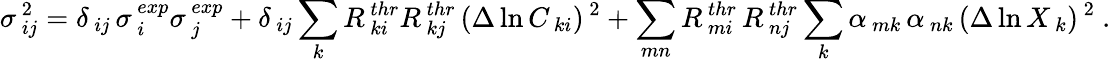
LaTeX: \sigma_{\, ij}^{\, 2}=\delta_{\, ij}\, \sigma_{\, i}^{\, exp}\sigma_{\, j}^{\, exp}+\delta_{\, ij}\sum_{k}R_{\, ki}^{\, thr}R_{\, kj}^{\, thr}\, (\Delta\ln C_{\, ki})^{\, 2}+\sum_{mn}R_{\, mi}^{\, thr}\, R_{\, nj}^{\, thr}\sum_{k}\alpha_{\, mk}\, \alpha_{\, nk}\, (\Delta\ln X_{\, k})^{\, 2}\ .